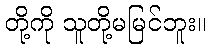
တို့ကို သူတို့မမြင်ဘူး။